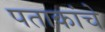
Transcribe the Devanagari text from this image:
पताकांचे